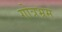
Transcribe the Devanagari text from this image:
गोत्रभ्रम